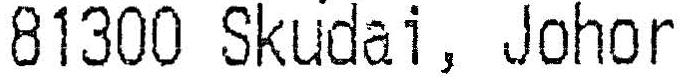
81300 SKUDAI, JOHOR